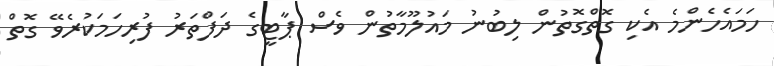
ހަމައެހެންމެ އެކި ގޮތްގޮތުން ލިބުނު މައުލޫމާތުން ވެސް ޕާޓީގެ ދަފްތަރު ފުރިހަމަކުރެވޭ ގޮތް